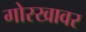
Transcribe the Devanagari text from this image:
गोरखावर